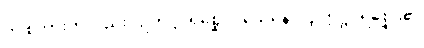
ဤစကားကိုလည်း။ ဥက္ကဋ္ဌပရိစ္ဆေဒဝသေနေဝ၊ ဥက္ကဋ္ဌပရိစ္ဆေဒ၏